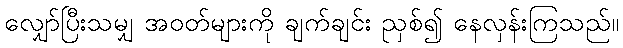
လျှော်ပြီးသမျှ အဝတ်များကို ချက်ချင်း ညှစ်၍ နေလှန်းကြသည်။